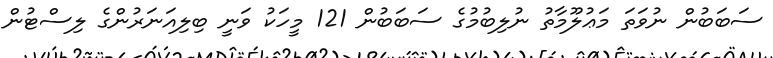
ސަބަބުން ނުވަތަ މަޢުލޫމާތު ނުލިބުމުގެ ސަބަބުން 121 މީހަކު ވަނީ ބިލިއަނަރުންގެ ލިސްޓުން